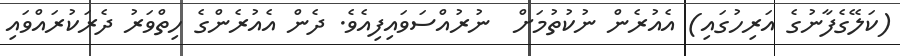
(ކަލޭގެފާނުގެ އަރިހުގައި) އެއުރެން ނުކުތުމަށް  ނުރުއްސަވައިފިއެވެ. ދެން އެއުރެންގެ ހިތްވަރު ދެރަކުރައްވައި